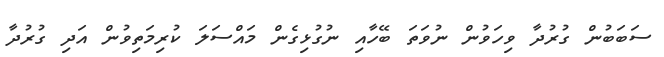
ސަބަބުން ގުރުދާ ވިހަވުން ނުވަތަ ބޭހާއި ނުގުޅިގެން މައްސަލަ ކުރިމަތިވުން އަދި ގުރުދާ